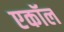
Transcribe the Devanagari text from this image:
एकॉल